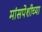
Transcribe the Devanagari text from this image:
मांसपेशीच्या